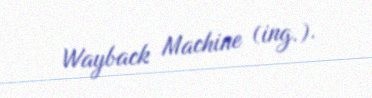
Wayback Machine (ing.).